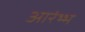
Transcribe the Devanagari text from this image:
आरंभ्भ